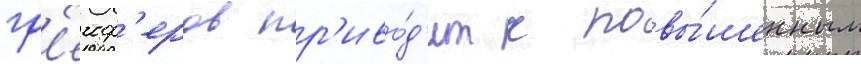
гр'еиф'еров пр'иво́д'ит к повы́шенным